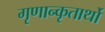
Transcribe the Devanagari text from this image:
गृणान्कृतार्थो